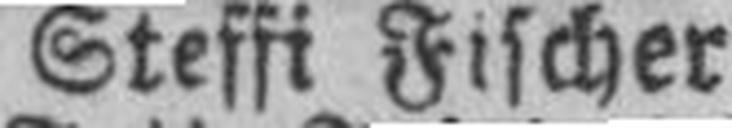
Steffi Fischer